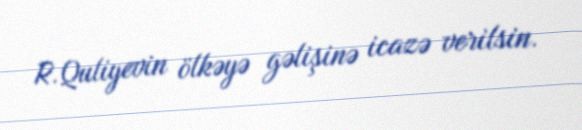
R.Quliyevin ölkəyə gəlişinə icazə verilsin.